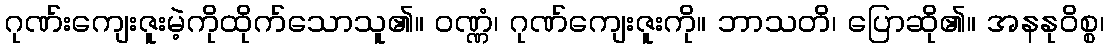
ဂုဏ်းကျေးဇူးမဲ့ကိုထိုက်သောသူ၏။ ဝဏ္ဏံ၊ ဂုဏ်ကျေးဇူးကို။ ဘာသတိ၊ ပြောဆို၏။ အနနုဝိစ္စ၊